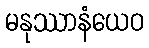
မနုဿာနံယေဝ